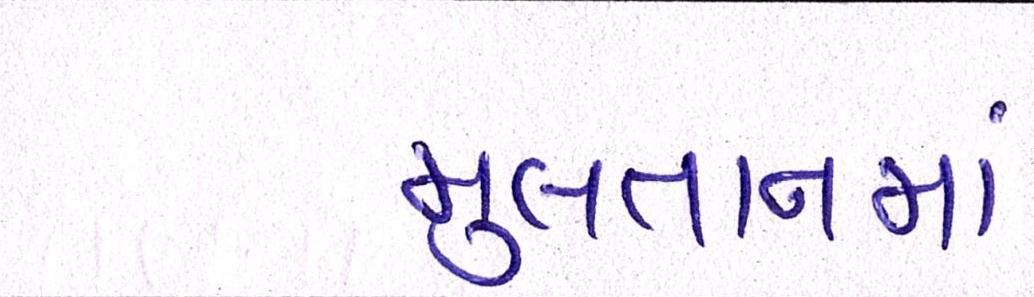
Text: મુલતાનમાં